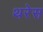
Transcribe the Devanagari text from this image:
थरेस